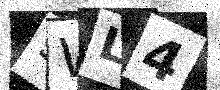
Text: 9WL4